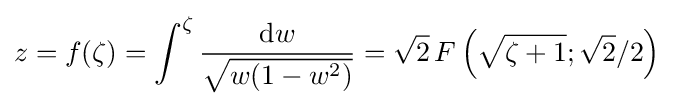
z=f(\zeta )=\int ^{\zeta }{\frac {\mathrm {d} w}{\sqrt {w(1-w^{2})}}}={\sqrt {2}}\,F\left({\sqrt {\zeta +1}};{\sqrt {2}}/2\right)